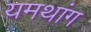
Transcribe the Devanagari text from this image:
यमथांग